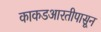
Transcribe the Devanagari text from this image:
काकडआरतीपासून